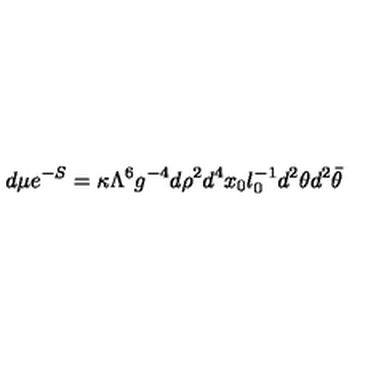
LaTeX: d \mu e ^ { - S } = \kappa \Lambda ^ { 6 } g ^ { - 4 } d \rho ^ { 2 } d ^ { 4 } x _ { 0 } l _ { 0 } ^ { - 1 } d ^ { 2 } \theta d ^ { 2 } \bar { \theta }